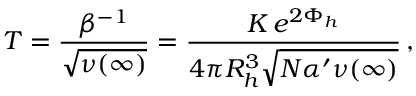
T = \frac { \beta ^ { - 1 } } { \sqrt { \nu ( \infty ) } } = \frac { K \, e ^ { 2 \Phi _ { h } } } { 4 \pi R _ { h } ^ { 3 } \sqrt { N \alpha ^ { \prime } \nu ( \infty ) } } \, ,